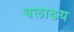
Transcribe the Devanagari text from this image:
बलाढय